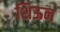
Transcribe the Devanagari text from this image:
शिऊन